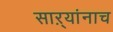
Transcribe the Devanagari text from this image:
साऱ्यांनाच